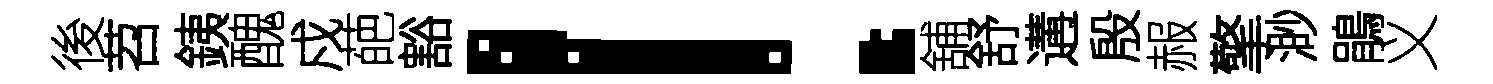
後苕銕醜戍葩豁！舖舒遘殷赧擎渺鵑义